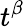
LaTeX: t^{\beta}